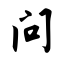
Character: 问